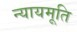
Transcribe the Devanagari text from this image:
न्यायमूति